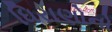
ધિરાણોનો